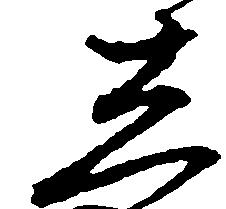
し